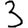
Digit: 3